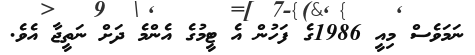
ނަމަވެސް މިއީ 1986ގެ ފަހުން އެ ޓީމުގެ އެންމެ ދަށް ނަތީޖާ އެވެ.